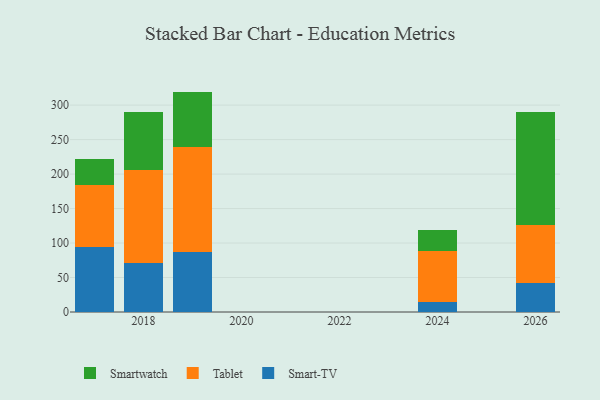
{"axis": {"x": "Year", "y": "LTV (USD)"}, "legend": ["Smart-TV", "Smartwatch", "Tablet"], "data": [{"x": "2019", "y": 87.5, "type": "Smart-TV"}, {"x": "2019", "y": 151.8, "type": "Tablet"}, {"x": "2019", "y": 80.3, "type": "Smartwatch"}, {"x": "2024", "y": 14.3, "type": "Smart-TV"}, {"x": "2024", "y": 74.4, "type": "Tablet"}, {"x": "2024", "y": 30.1, "type": "Smartwatch"}, {"x": "2018", "y": 70.5, "type": "Smart-TV"}, {"x": "2018", "y": 135.9, "type": "Tablet"}, {"x": "2018", "y": 83.6, "type": "Smartwatch"}, {"x": "2026", "y": 41.7, "type": "Smart-TV"}, {"x": "2026", "y": 84.3, "type": "Tablet"}, {"x": "2026", "y": 163.8, "type": "Smartwatch"}, {"x": "2017", "y": 93.9, "type": "Smart-TV"}, {"x": "2017", "y": 90.3, "type": "Tablet"}, {"x": "2017", "y": 37.9, "type": "Smartwatch"}]}